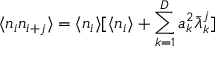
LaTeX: \langle n _ { i } n _ { i + j } \rangle = \langle n _ { i } \rangle [ \langle n _ { i } \rangle + \sum _ { k = 1 } ^ { D } a _ { k } ^ { 2 } { { \bar { \lambda } } _ { k } } ^ { j } ]